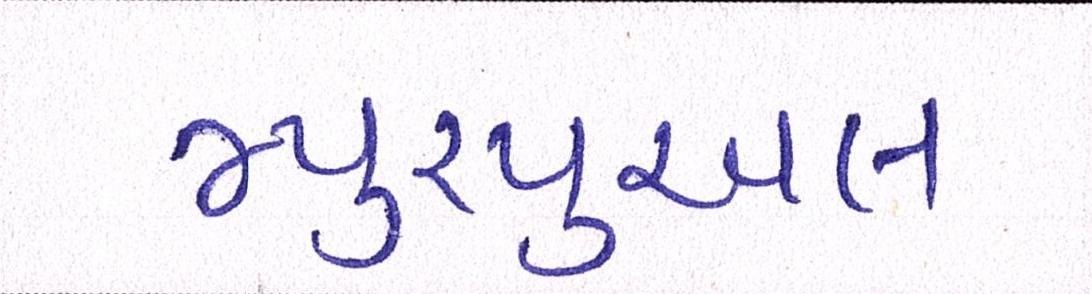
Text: મ્યુચ્યુઅલ